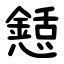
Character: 懖